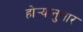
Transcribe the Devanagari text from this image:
होर्‍यानुसार